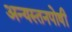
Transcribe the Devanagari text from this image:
अन्यस्तनपोषी